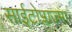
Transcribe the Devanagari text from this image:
साईटोप्लाज्मा